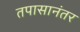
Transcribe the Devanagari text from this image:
तपासानंतर